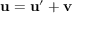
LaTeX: \mathbf { u = u ^ { \prime } + v }